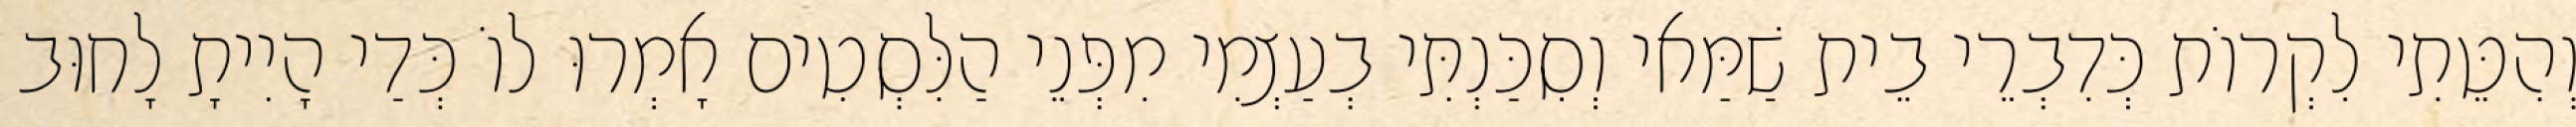
וְהִטֵּתִי לִקְרוֹת כְּדִבְרֵי בֵית שַׁמַּאי וְסִכַּנְתִּי בְעַצְמִי מִפְּנֵי הַלִּסְטִים אָמְרוּ לוֹ כְּדַי הָיִיתָ לָחוּב